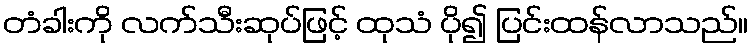
တံခါးကို လက်သီးဆုပ်ဖြင့် ထုသံ ပို၍ ပြင်းထန်လာသည်။